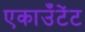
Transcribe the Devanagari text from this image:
एकाउँटेंट